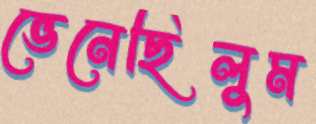
ভেনেছিলুম